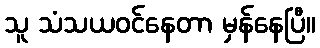
သူ သံသယဝင်နေတာ မှန်နေပြီ။